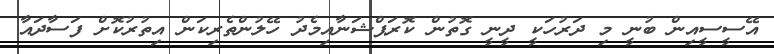
އޭސީސީއިން ބުނީ މި ދަރުހަކީ ދީނީ ގޮތުން ކޮރަޕްޝަނާއިމެދު ހޭލުންތެރިކަން އިތުރުކޮށް ފަސާދައާ